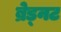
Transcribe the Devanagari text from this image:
ब्रेड्नट